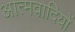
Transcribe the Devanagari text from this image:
आत्मवादियों